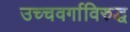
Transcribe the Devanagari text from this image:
उच्चवर्गाविरुद्ध